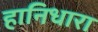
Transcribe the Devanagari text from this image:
हानिधारा